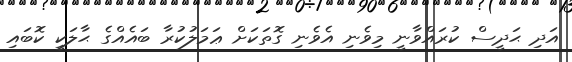
އަދި ޙަދީސް ކުރައްވާނީ މިވެނި އެވެނި ގޮތަކަށް ޢަމަލުކުރާ ބައެއްގެ ޙާލަކީ ކޮބައި